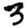
Digit: 3